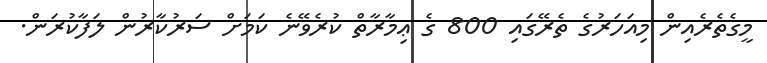
މީގެތެރެއިން މިއަހަރުގެ ތެރޭގައި 800 ގެ ޢިމާރާތް ކުރެވޭނެ ކަމަށް ސަރުކާރުން ލަފާކުރަން.